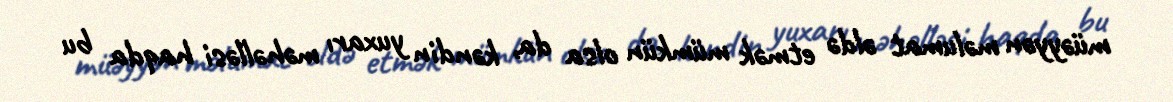
müəyyən məlumat əldə etmək mümkün olsa da, kəndin yuxarı məhəlləsi haqda bu